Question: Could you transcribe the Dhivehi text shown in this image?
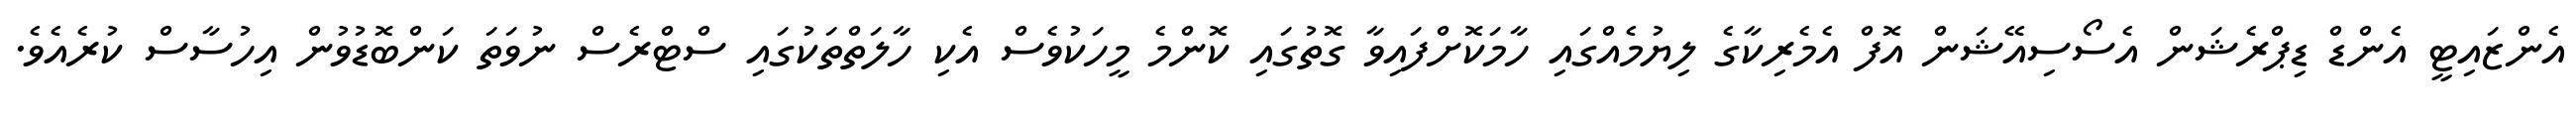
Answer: އެންޒައިޓީ އެންޑް ޑިޕްރެޝަން އެސޯސިއޭޝަން އޮފް އެމެރިކާގެ ލިޔުމެއްގައި ހާމަކޮށްފައިވާ ގޮތުގައި ކޮންމެ މީހަކުވެސް އެކި ހާލަތްތަކުގައި ސްޓްރެސް ނުވަތަ ކަންބޮޑުވުން އިހުސާސް ކުރެއެވެ.